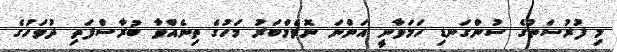
މި ފުރުސަތުގެ ސުންގަނޑި ހަމަވާނީ އަންނަ ނޮވެމްބަރު މަހުގެ ތިނެއްވާ ބުރާސްފަތި ދުވަހުގެ